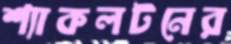
শ্যাকলটনের